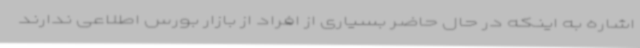
اشاره به اینکه در حال حاضر بسیاری از افراد از بازار بورس اطلاعی ندارند